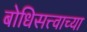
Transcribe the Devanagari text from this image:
बोधिसत्त्वाच्या